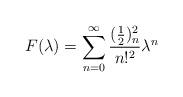
LaTeX: \begin{align*}F(\lambda) = \sum_{n= 0}^{\infty}\frac{(\frac 12)_n^2}{n!^2}\lambda^n\end{align*}